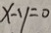
x - y = 0